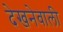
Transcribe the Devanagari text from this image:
देखनेवाली